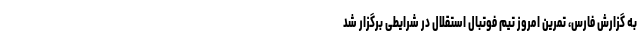
به گزارش فارس، تمرین امروز تیم فوتبال استقلال در شرایطی برگزار شد